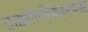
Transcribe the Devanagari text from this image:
ट्राइगोनोकारपस